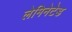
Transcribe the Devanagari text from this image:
लेमिनेटेड